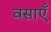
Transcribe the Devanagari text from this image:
वसाएँ